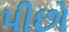
પીછો